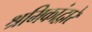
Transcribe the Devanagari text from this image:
श्रमिकांद्वारे